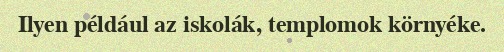
Ilyen például az iskolák, templomok környéke.